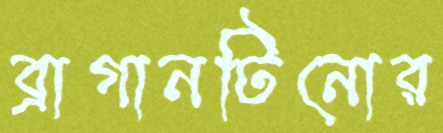
ব্রাগানটিনোর